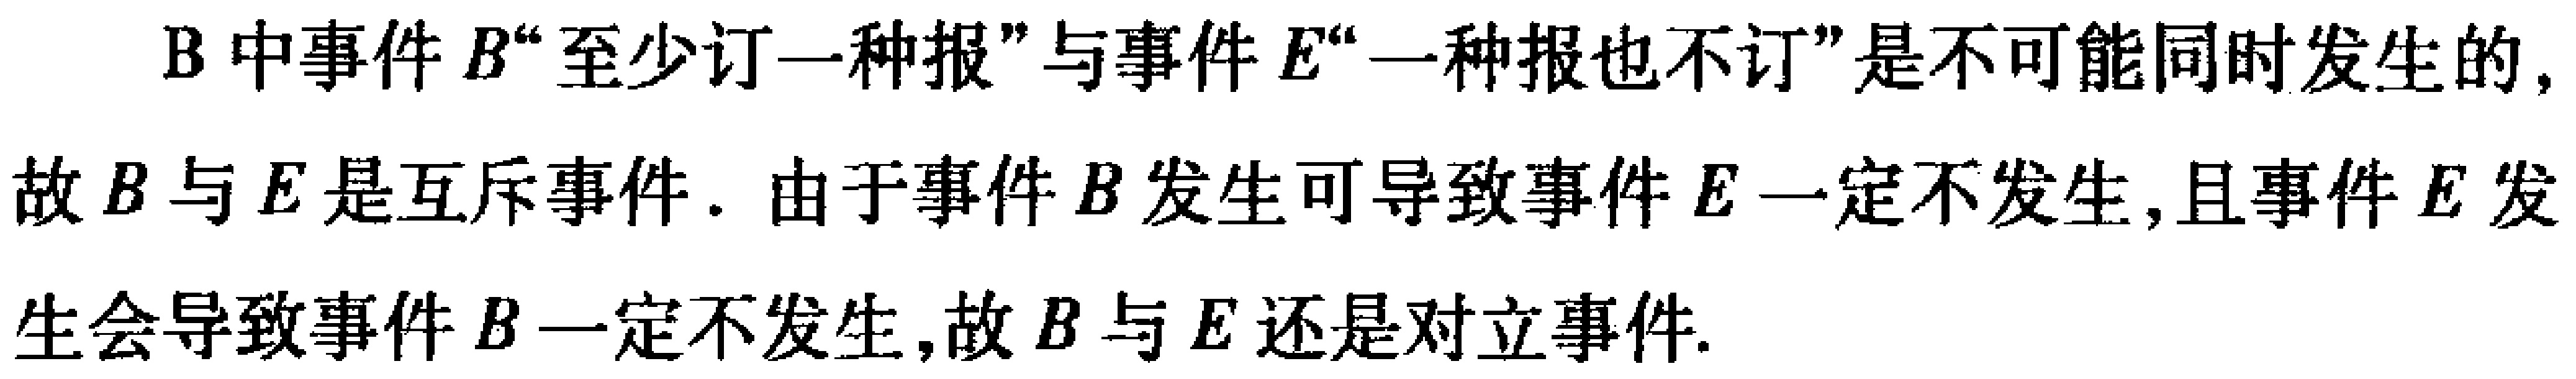
B中事件\(B\)“至少订一种报”与事件\(E\)“一种报也不订”是不可能同时发生的,故\(B\)与\(E\)是互斥事件. 由于事件\(B\)发生可导致事件\(E\)一定不发生,且事件\(E\)发生会导致事件\(B\)一定不发生,故\(B\)与\(E\)还是对立事件.